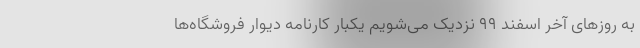
به روزهای آخر اسفند ۹۹ نزدیک می‌شویم یکبار کارنامه دیوار فروشگاه‌ها